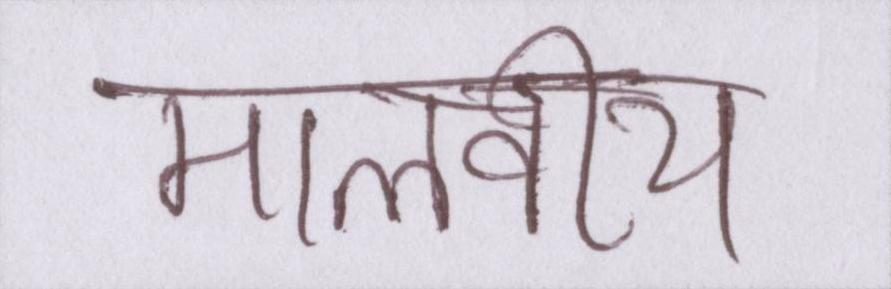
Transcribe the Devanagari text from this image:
मालवीय